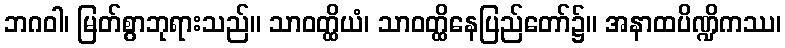
ဘဂဝါ၊ မြတ်စွာဘုရားသည်။ သာဝတ္ထိယံ၊ သာဝတ္ထိနေပြည်တော်၌။ အနာထပိဏ္ဍိကဿ၊